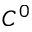
C ^ { 0 }